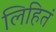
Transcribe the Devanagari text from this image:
लिहितं